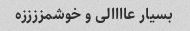
بسیار عاااالی و خوشمززززه